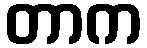
တာက